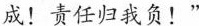
成！责任归我负！”